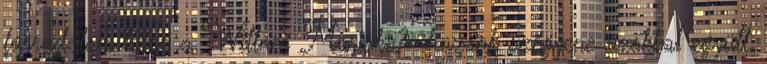
forradalom hőse a Wittner Mariska? .hazánk szégyene azokkal együtt,